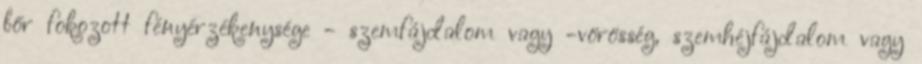
bőr fokozott fényérzékenysége - szemfájdalom vagy -vörösség, szemhéjfájdalom vagy